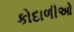
કોદાળીઓ